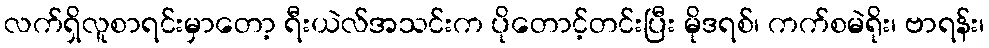
လက်ရှိလူစာရင်းမှာတော့ ရီးယဲလ်အသင်းက ပိုတောင့်တင်းပြီး မိုဒရစ်၊ ကက်စမဲရိုး၊ ဗာရန်း၊